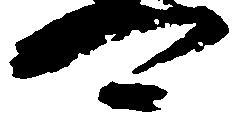
可